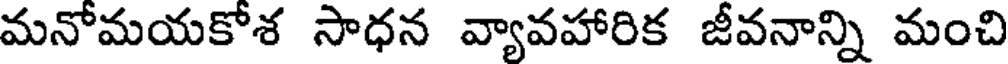
మనోమయకోశ సాధన వ్యావహారిక జీవనాన్ని మంచి